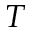
T